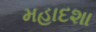
મહાદશા